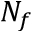
N _ { f }